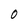
Character: O